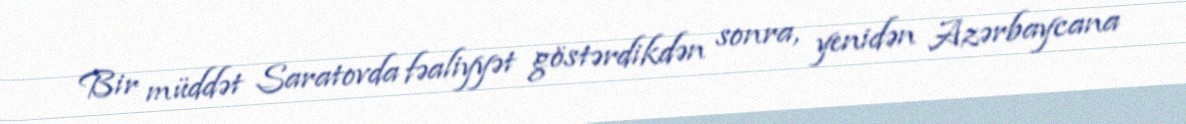
Bir müddət Saratovda fəaliyyət göstərdikdən sonra, yenidən Azərbaycana